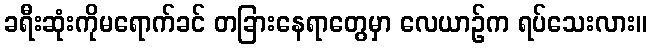
ခရီးဆုံးကိုမရောက်ခင် တခြားနေရာတွေမှာ လေယာဉ်က ရပ်သေးလား။